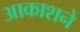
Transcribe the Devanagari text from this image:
आकाशने